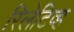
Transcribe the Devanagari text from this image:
रिलेटिव्ह